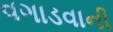
વગાડવાની